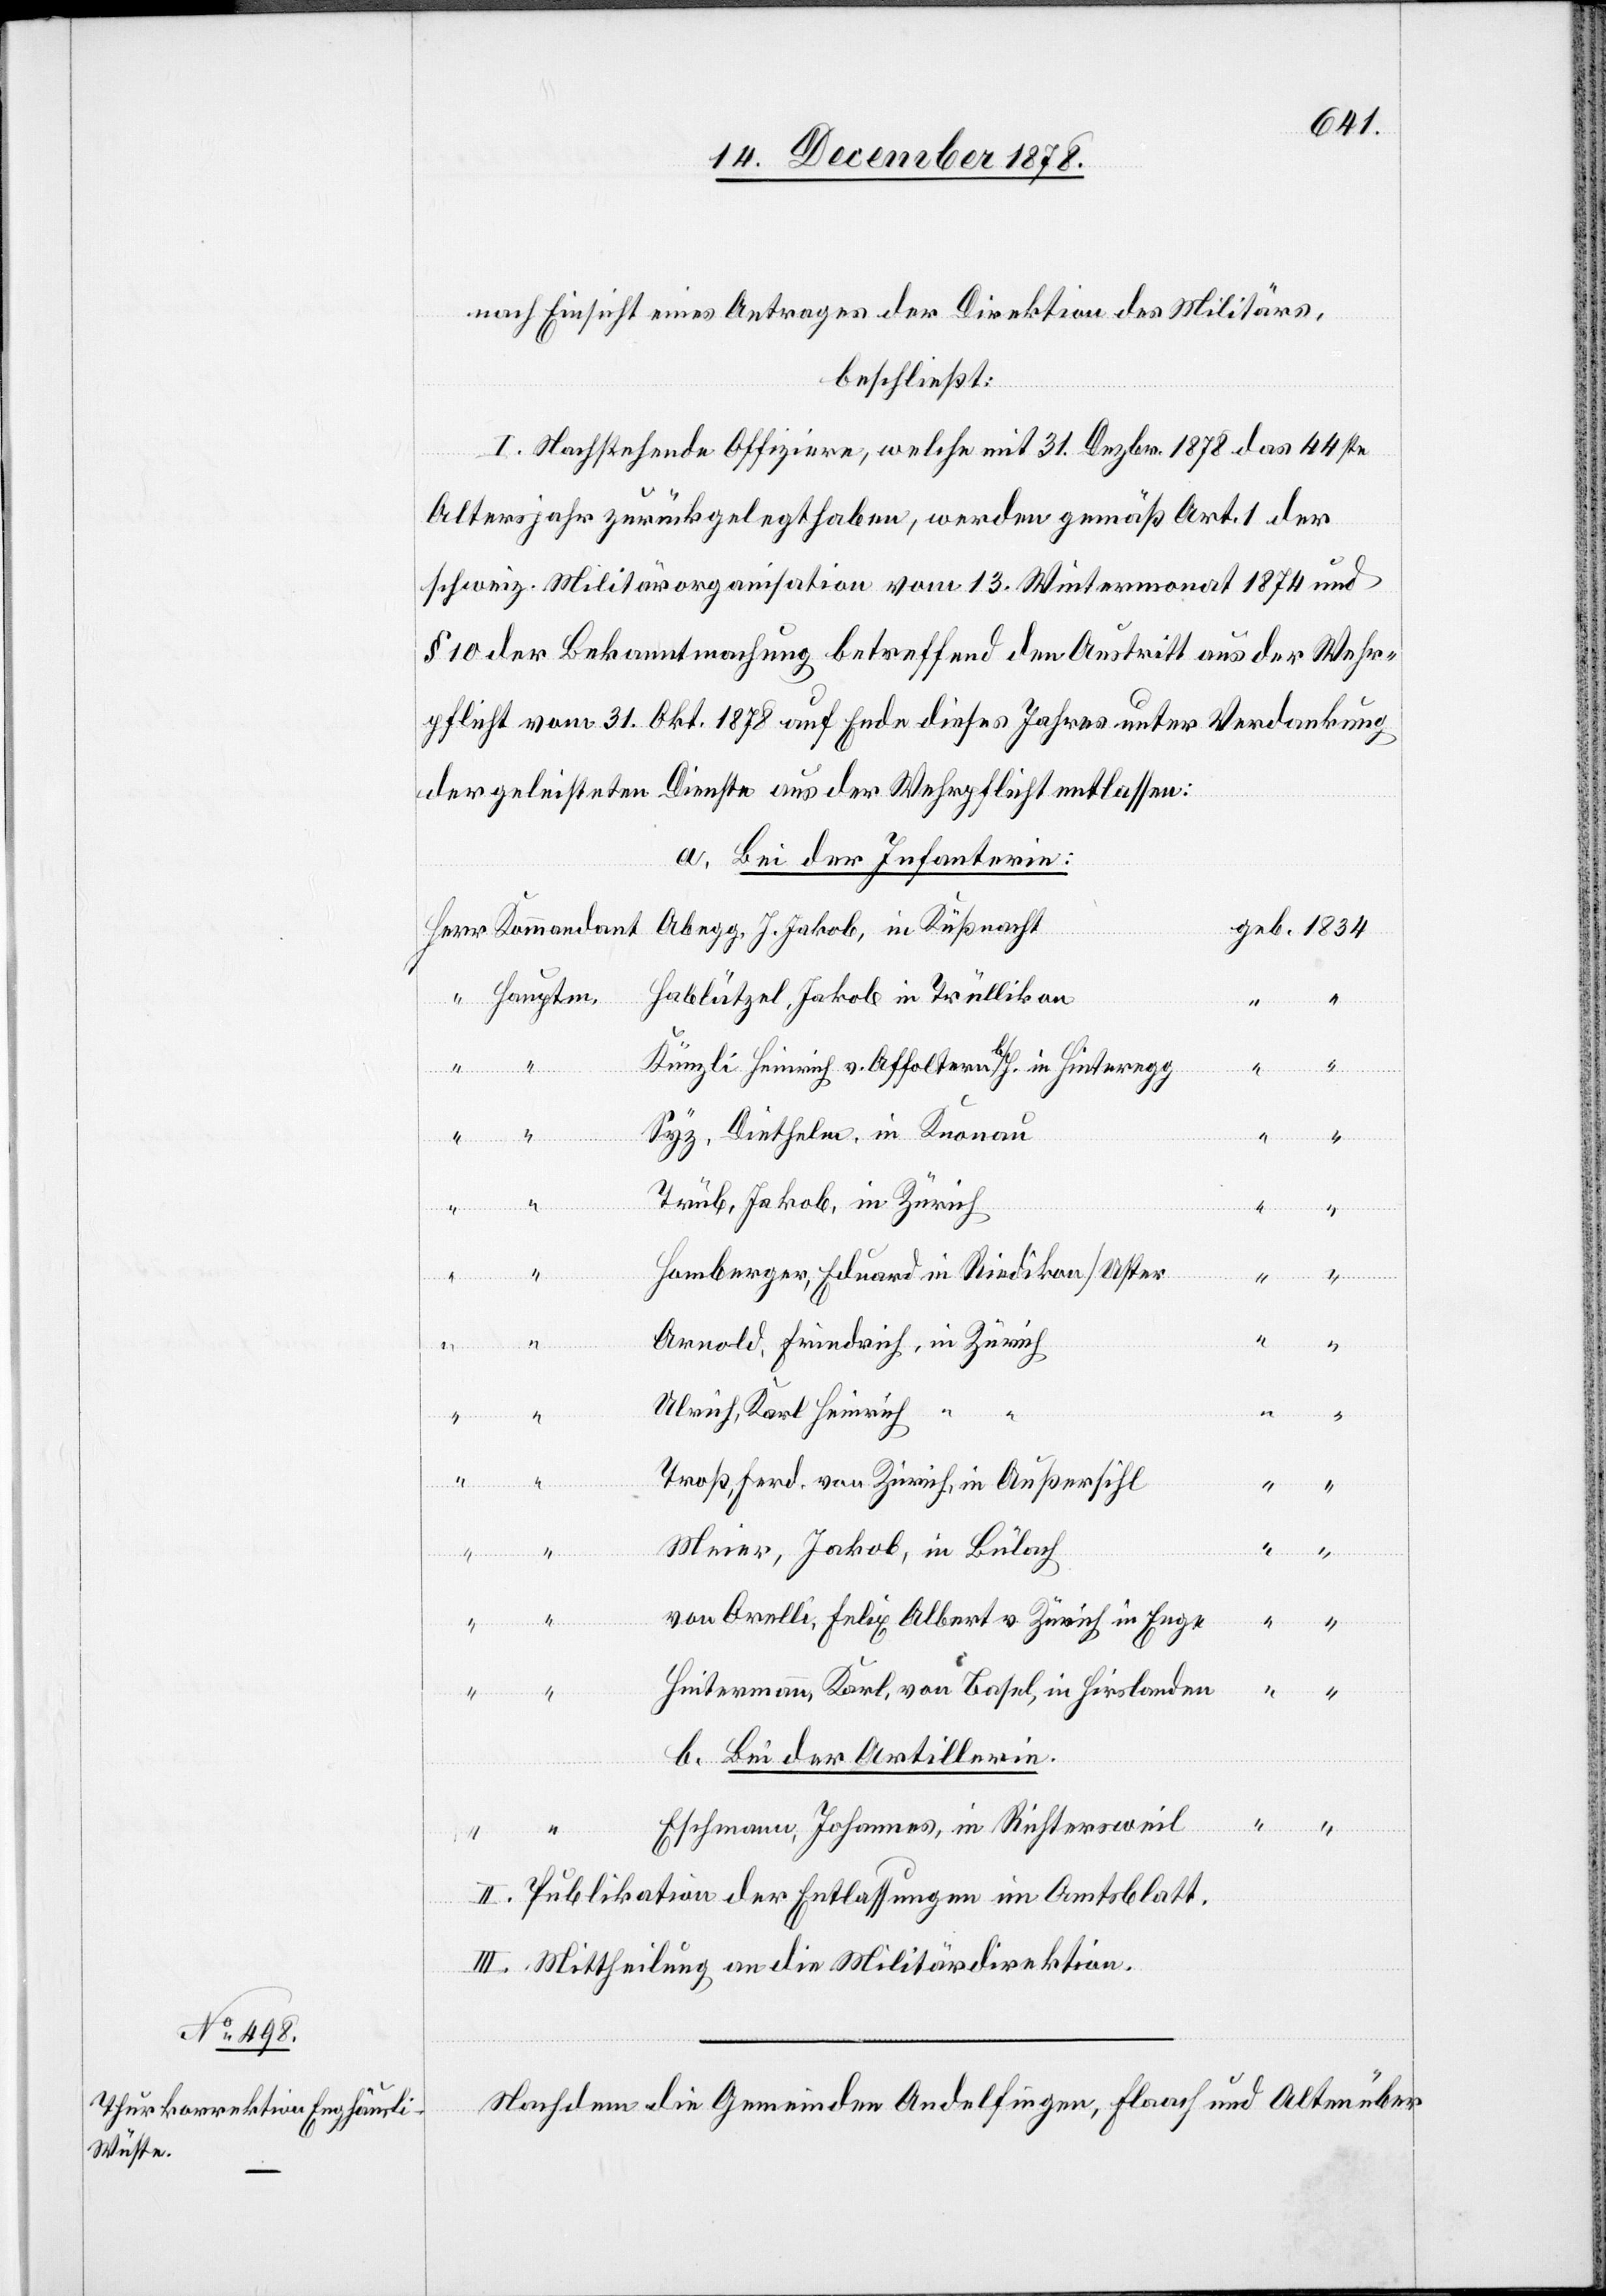
nach Einsicht eines Antrages der Direktion des Militärs,
beschließt:
I. Nachstehende Offiziere, welche mit 31. Dezbr. 1878 das 44ste
ptm.
Altersjahr zurückgelegt haben, werden gemäß Art. 1 der
schweiz. Militärorganisation vom 13. Wintermonat 1874 und
§ 10 der Bekanntmachung betreffend den Austritt aus der Wehr¬
pflicht vom 31. Okt. 1878 auf Ende dieses Jahres unter Verdankung
der geleisteten Dienste aus der Wehrpflicht entlassen:
a. Bei der Infanterie:
Hablützel, Jakob in Trüllikon
Künzli Heinrich v. Affoltern b/H. in Hinteregg
“
Kommandant
Syz, Diethelm, in Knonau
“
“
Trüb, Jakob, in Zürich
“
Homberger, Eduard in Riedikon/Uster
Arnold, Friedrich, in Zürich
“
“
Ulrich Karl Heinrich
Troß, Ferd. von Zürich, in Außersihl
“
Meier, Jakob, in Bülach
von Orelli, Felix Albert v. Zürich in Enge
“
“
Heitermann Karl, von Basel, in Hirslanden
“
“
b. Bei der Artillerie.
Eschmann, Johannes, in Richtersweil
II. Publikation der Entlassungen im Amtsblatt.
III. Mittheilung an die Militärdirektion.
Nachdem die Gemeinden Andelfingen, Flaach und Alten über

in